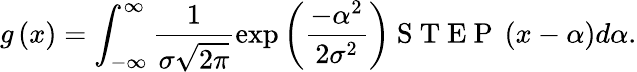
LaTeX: g\left(x\right)=\int_{-\infty}^{\infty}\frac{1}{\sigma\sqrt{2\pi}}\exp\left(\frac{-\alpha^{2}}{2\sigma^{2}}\right)\mathrm{~S~T~E~P~}\left(x-\alpha\right)d\alpha.